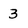
Character: 3